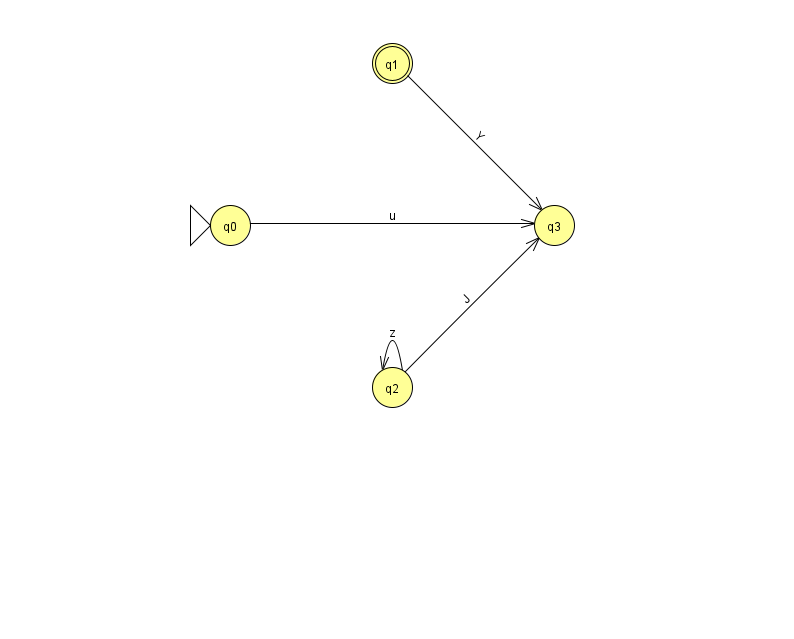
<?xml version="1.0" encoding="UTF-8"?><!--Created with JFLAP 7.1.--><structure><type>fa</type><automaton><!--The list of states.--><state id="0" name="q0"><x>230.0</x><y>212.0</y><initial/></state><state id="1" name="q1"><x>392.0</x><y>50.0</y><final/></state><state id="2" name="q2"><x>392.0</x><y>374.0</y></state><state id="3" name="q3"><x>554.0</x><y>212.0</y></state><!--The list of transitions.--><transition><from>2</from><to>3</to><read>J</read></transition><transition><from>2</from><to>2</to><read>z</read></transition><transition><from>0</from><to>3</to><read>u</read></transition><transition><from>1</from><to>3</to><read>Y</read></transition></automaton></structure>